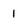
Character: 1